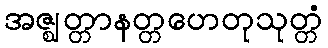
အဇ္ဈတ္တာနတ္တဟေတုသုတ္တံ